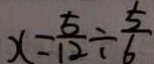
x = \frac { 5 } { 1 2 } \div \frac { 5 } { 6 }